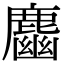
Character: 𪋎